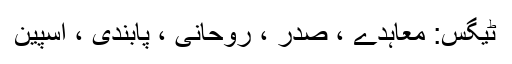
ٹیگس: معاہدے ، صدر ، روحانی ، پابندی ، اسپین